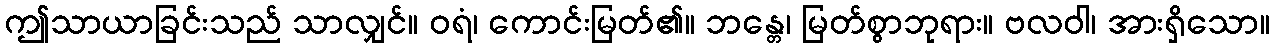
ဤသာယာခြင်းသည် သာလျှင်။ ဝရံ၊ ကောင်းမြတ်၏။ ဘန္တေ၊ မြတ်စွာဘုရား။ ဗလဝါ၊ အားရှိသော။